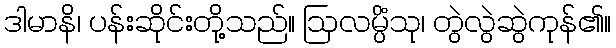
ဒါမာနိ၊ ပန်းဆိုင်းတို့သည်။ ဩလမ္ပိံသု၊ တွဲလွဲဆွဲကုန်၏။